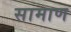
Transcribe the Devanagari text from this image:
सामाण